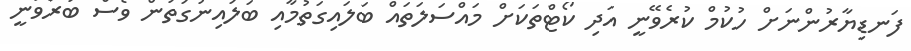
ފަނޑިޔާރުންނަށް ހުކުމް ކުރެވޭނީ އަދި ކޯޓްތަކަށް މައްސަލަތައް ބަލައިގަތުމާއި ބަލައިނުގަތުން ވެސް ބުރަވަނީ